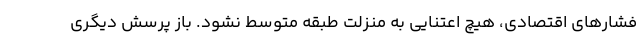
فشارهای اقتصادی، هیچ اعتنایی به منزلت طبقه متوسط نشود. باز پرسش دیگری